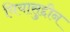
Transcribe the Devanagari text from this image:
घियासुद्दीन